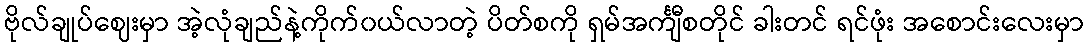
ဗိုလ်ချုပ်ဈေးမှာ အဲ့လုံချည်နဲ့ကိုက်၀ယ်လာတဲ့ ပိတ်စကို ရှမ်အင်္ကျီစတိုင် ခါးတင် ရင်ဖုံး အစောင်းလေးမှာ